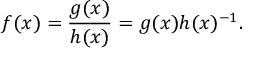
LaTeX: f ( x ) = { \frac { g ( x ) } { h ( x ) } } = g ( x ) h ( x ) ^ { - 1 } .